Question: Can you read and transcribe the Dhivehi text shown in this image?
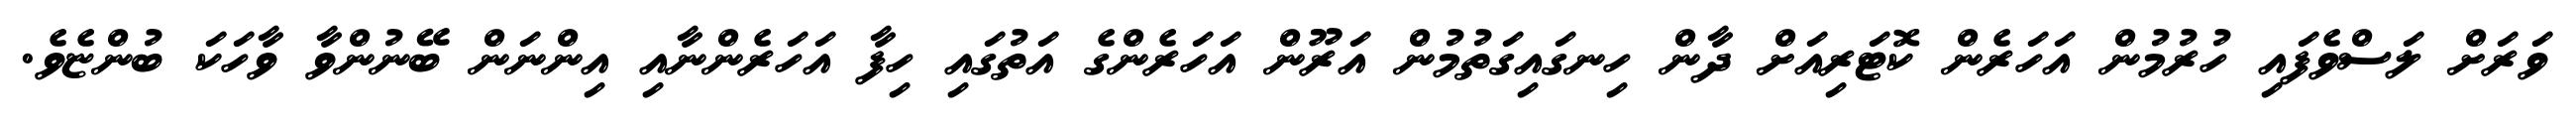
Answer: ވަރަށް ލަސްވެފައި ހުރުމުން އަހަރެން ކޮޓަރިއަށް ދާން ހިނގައިގަތުމުން އަރޫން އަހަރެންގެ އަތުގައި ހިފާ އަހަރެންނާއި އިންނަން ބޭނުންވާ ވާހަކަ ބުންޏެވެ.